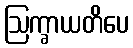
ဩက္ခာယတိပေ